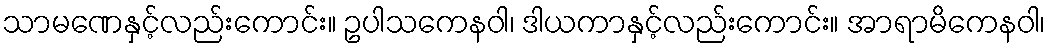
သာမဏေနှင့်လည်းကောင်း။ ဥပါသကေနဝါ၊ ဒါယကာနှင့်လည်းကောင်း။ အာရာမိကေနဝါ၊